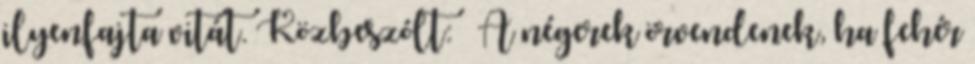
ilyenfajta vitát. Közbeszólt: – A négerek örvendenek, ha fehér